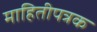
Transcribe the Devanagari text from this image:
माहितीपत्रक